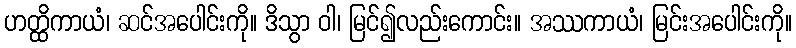
ဟတ္ထိကာယံ၊ ဆင်အပေါင်းကို။ ဒိသွာ ဝါ၊ မြင်၍လည်းကောင်း။ အဿကာယံ၊ မြင်းအပေါင်းကို။